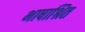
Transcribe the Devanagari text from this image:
भाषाश्रित